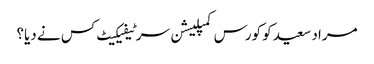
مراد سعید کو کورس کمپلیشن سرٹیفیکیٹ کس نے دیا؟